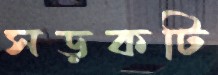
সড়কটি